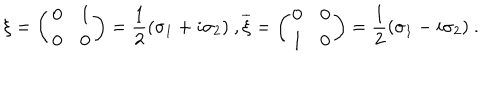
\xi = \left( \begin{array} { c c } { { 0 } } & { { 1 } } \\ { { 0 } } & { { 0 } } \\ \end{array} \right) = \frac { 1 } { 2 } ( \sigma _ { 1 } + i \sigma _ { 2 } ) \ , \overline { { { \xi } } } = \left( \begin{array} { c c } { { 0 } } & { { 0 } } \\ { { 1 } } & { { 0 } } \\ \end{array} \right) = \frac { 1 } { 2 } ( \sigma _ { 1 } - i \sigma _ { 2 } ) \ .